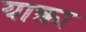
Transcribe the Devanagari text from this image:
याक्त्रा